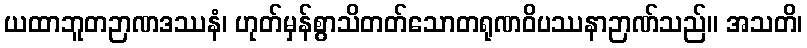
ယထာဘူတဉာဏဒဿနံ၊ ဟုတ်မှန်စွာသိတတ်သောတရုဏဝိပဿနာဉာဏ်သည်။ အသတိ၊